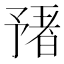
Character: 𬼻